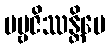
ပဗ္ဗဇိဿန္တိပေ